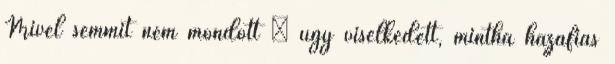
Mivel semmit nem mondott – úgy viselkedett, mintha hazafias